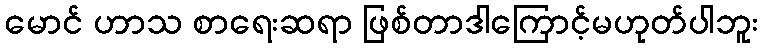
မောင် ဟာသ စာရေးဆရာ ဖြစ်တာဒါကြောင့်မဟုတ်ပါဘူး